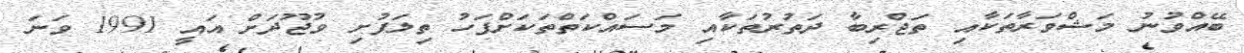
ބޭއްވުނު މަޝްވަރާތަކާއި ތަޖްރިބާ ދަތުރުތަކާއި މަސައްކަތްތަކަށްފަހު ތިލަފުށި ވުޖޫދަށް އައީ 1991 ވަނަ